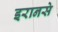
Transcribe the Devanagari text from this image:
इरानसे